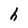
Character: h